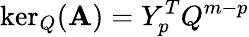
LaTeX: \ker_{Q}(\mathbf{A})=Y_{p}^{T}Q^{m-p}